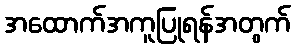
အထောက်အကူပြုရန်အတွက်